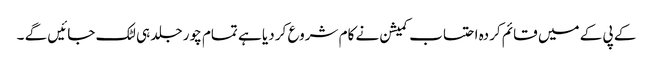
کے پی کے میں قائم کردہ احتساب کمیشن نے کام شروع کر دیا ہے تمام چور جلد ہی لٹک جائیں گے ۔